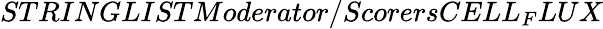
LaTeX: STRINGLISTModerator/ScorersCELL_{F}LUX